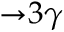
{ \rightarrow } 3 { \gamma }